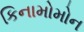
કિનામોમોન